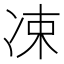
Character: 凁